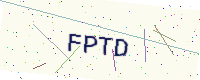
Text: FPTD